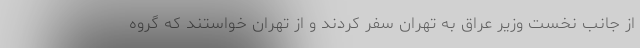
از جانب نخست وزیر عراق به تهران سفر كردند و از تهران خواستند كه گروه